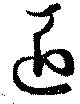
匠